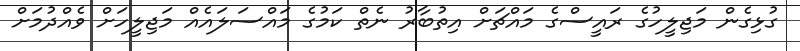
ގުޅިގެން މަޖިލީހުގެ ރައީސްގެ މައްޗަށް އިތުބާރު ނެތް ކަމުގެ މައްސަލައެއް މަޖިލީހަށް ވެއްދުމަށް